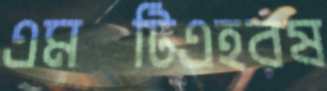
এমটিএহরষ